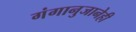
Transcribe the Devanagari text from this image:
गंगानुजानेही